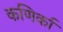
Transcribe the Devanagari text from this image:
कणिर्का